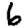
Digit: 6